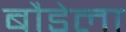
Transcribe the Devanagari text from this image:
बौडेला